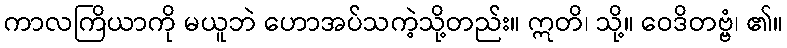
ကာလကြိယာကို မယူဘဲ ဟောအပ်သကဲ့သို့တည်း။ ဣတိ၊ သို့။ ဝေဒိတဗ္ဗံ၊ ၏။